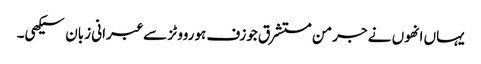
یہاں انھوں نے جرمن مستشرق جوزف ہورووٹز سے عبرانی زبان سیکھی۔